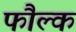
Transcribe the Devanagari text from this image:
फौल्क